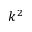
k ^ { 2 }